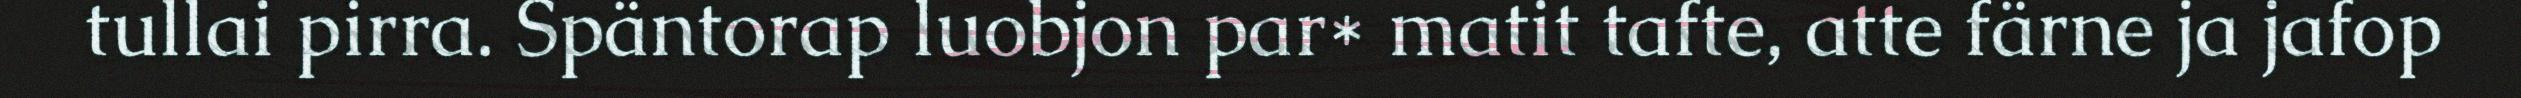
tullai pirra. Späntorap luobjon par* matit tafte, atte färne ja jafop